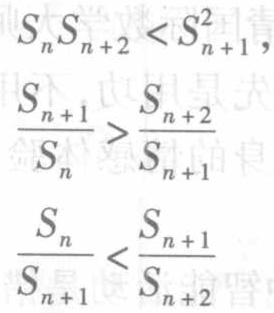
\[
\begin{align*}
S_{n}S_{n + 2}&<S_{n + 1}^{2},\\
\frac{S_{n + 1}}{S_{n}}&>\frac{S_{n + 2}}{S_{n + 1}}\\
\frac{S_{n}}{S_{n + 1}}&<\frac{S_{n + 1}}{S_{n + 2}}
\end{align*}
\]